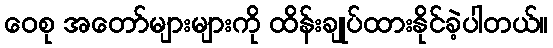
ဝေစု အတော်များများကို ထိန်းချုပ်ထားနိုင်ခဲ့ပါတယ်။